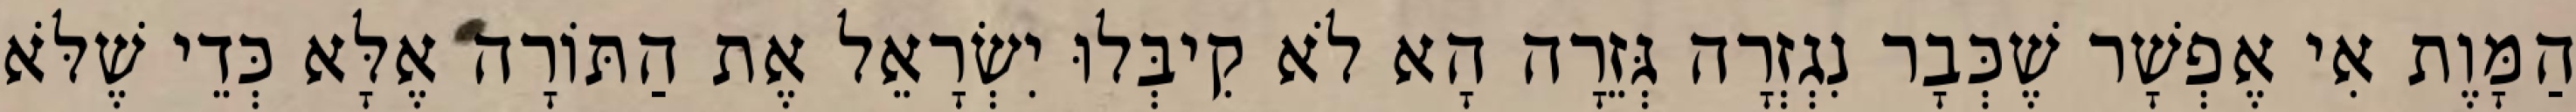
הַמָּוֶת אִי אֶפְשָׁר שֶׁכְּבָר נִגְזְרָה גְּזֵרָה הָא לֹא קִיבְּלוּ יִשְׂרָאֵל אֶת הַתּוֹרָה אֶלָּא כְּדֵי שֶׁלֹּא